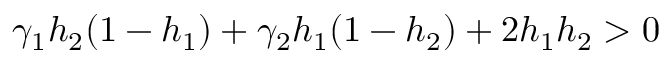
\gamma _ { 1 } h _ { 2 } ( 1 - h _ { 1 } ) + \gamma _ { 2 } h _ { 1 } ( 1 - h _ { 2 } ) + 2 h _ { 1 } h _ { 2 } > 0